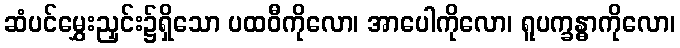
ဆံပင်မွှေးညှင်း၌ရှိသော ပထဝီကိုလော၊ အာပေါကိုလော၊ ရူပက္ခန္ဓာကိုလော၊